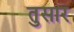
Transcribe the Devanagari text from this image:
तुसार